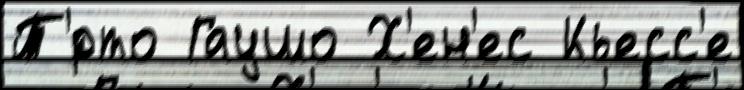
Т'́рто Гаушо Х'ен'ес Кьесс'е